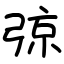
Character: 弶